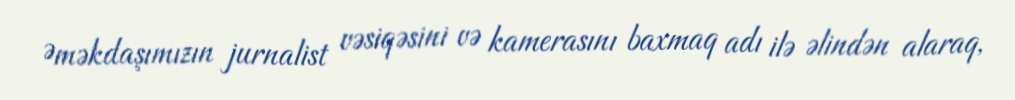
Əməkdaşımızın jurnalist vəsiqəsini və kamerasını baxmaq adı ilə əlindən alaraq,